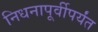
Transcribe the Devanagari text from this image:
निधनापूर्वीपर्यंत